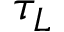
\tau _ { L }